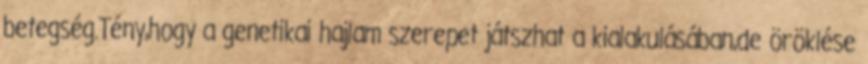
betegség.Tény,hogy a genetikai hajlam szerepet játszhat a kialakulásában,de öröklése